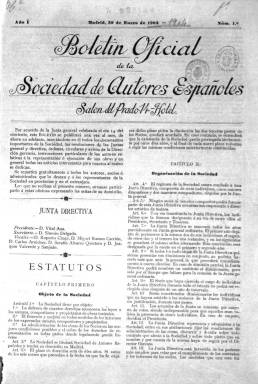
Título: Boletín oficial de la Sociedad de Autores Españoles
Colección: Música || Teatro
Ámbito geográfico: Madrid
Lugar de publicación: Madrid
Fechas: 01/01/1903-31/12/1904

En enero de 1903 la Sociedad de Autores Españoles, que se había constituido en 1899, decidió publicar con carácter mensual un boletín oficial que era gratuito para los socios y administrados y para los representantes de la Sociedad en provincias y en el extranjero. Del boletín la BNE solo posee los años correspondientes a 1903 y 1904. Además, en 1914 se comenzó a editar la revista La Propiedad Intelectual.

  Según se anunciaba en su primer número, el boletín se proponía insertar en sus páginas todos los documentos importantes de la Sociedad de Autores Españoles, las resoluciones de las juntas general y directiva, órdenes, circulares y avisos de la dirección gerencia, instrucciones particulares de los autores relativas a la representación o ejecución de sus obras y en general todas las noticias referidas al teatro, hablado y musical.

  Este primer número insertaba igualmente los estatutos de la Sociedad y los miembros de su junta directiva, en la que se puede ver a ilustres representantes de la cultura española del momento, como Vital Aza, Sinesio Delgado, Ruperto Chapí y Carlos Arniches, entre otros.

  El boletín contaba solo con cuatro páginas, aunque hubo alguno excepcionalmente con más, y en la última de ellas solía publicar datos estadísticos como las obras de su archivo musical, sus tarifas vigentes para las empresas, así como una relación de las obras estrenadas en Madrid y otras ciudades y los teatros donde se habían representado. Esto último es un catálogo en el que se puede estudiar la evolución de la actividad teatral durante esos años.

  El número correspondiente a octubre de 1903 es interesante como muestra de las dificultades para hacer cumplir debidamente los derechos de propiedad intelectual. Un gran número de socios firmó una nota de adhesión a la junta directiva y de protesta por lo que calificaba de campaña de una parte de la Prensa contra la Sociedad de Autores Españoles.

  En la nota se señalaba que esa parte de la Prensa acusaba a algunos socios de explotar a otros y que había influencias para anteponer los intereses de determinados autores a los de otros. Y terminaba la nota de protesta: ‘Por si esto fuera poco, hasta se ha insinuado la amenaza de privarnos del derecho que nos asiste para autorizar o prohibir la representación de nuestras obras teatrales, que sería tanto como privarnos de su propiedad’.

  Otro número que revela los problemas que tenía que afrontar la Sociedad es el de agosto de 1904, en el que se informa del llamado ‘Asunto de Badajoz’. El Ayuntamiento de esta ciudad había convocado un certamen de bandas con premios de miles de pesetas y anunciado obras musicales sin tener en cuenta el pago de los derechos de propiedad de esas obras. ‘El Ayuntamiento como empresario es el único responsable. El asunto está en manos de nuestro abogado’, advertía la información insertada en el boletín.

  El último número que posee la BNE, el de diciembre de 1904, también refleja estas dificultades de los primeros años de la Sociedad de Autores Españoles con una obra de teatro muy popular como era y sigue siendo ‘Don Juan Tenorio’. Un periódico difundió entre los teatros de Barcelona que la obra era de dominio público y uno de los empresarios de la ciudad se negó a pagar los derechos. Al final el asunto no llegó a los tribunales porque el empresario accedió a pagar las cantidades que debía por la representación de ‘Don Juan Tenorio’.

[Descripción publicada el 17/08/2022]